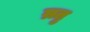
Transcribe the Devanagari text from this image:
म्रतु